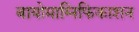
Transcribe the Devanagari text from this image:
बायोमाग्निफिकाशन